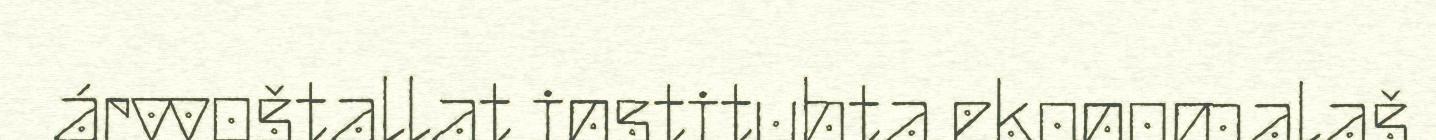
árvvoštallat instituhta ekonomalaš